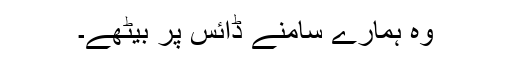
وہ ہمارے سامنے ڈائس پر بیٹھے۔